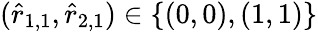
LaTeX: (\hat{r}_{1,1},\hat{r}_{2,1})\in\{ (0,0),(1,1)\}